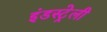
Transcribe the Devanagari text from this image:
इंडस्ट्रेली